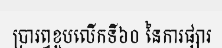
ប្រារព្ធខួបលើកទី៦០ នៃការផ្សារ